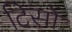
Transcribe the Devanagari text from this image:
टिसो